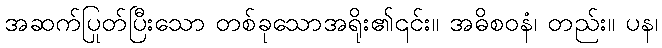
အဆက်ပြုတ်ပြီးသော တစ်ခုသောအရိုး၏၎င်း။ အဓိစဝနံ၊ တည်း။ ပန၊